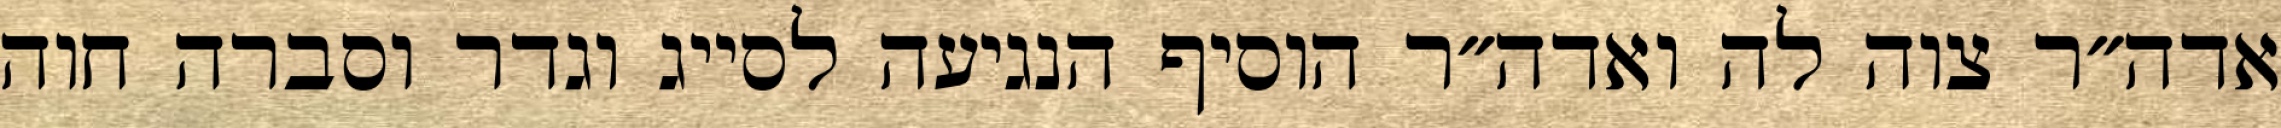
אדה״ר צוה לה ואדה״ר הוסיף הנגיעה לסייג וגדר וסברה חוה